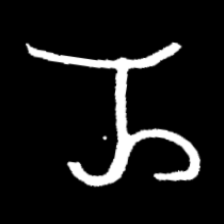
Pyu character \u2014 Myanmar letter: ည (romanized: nya)